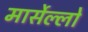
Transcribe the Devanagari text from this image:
मार्सेल्लो